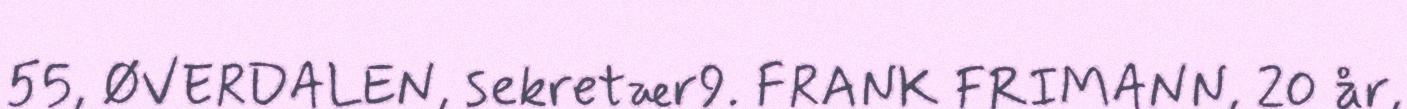
55, ØVERDALEN, sekretær9. FRANK FRIMANN, 20 år,